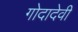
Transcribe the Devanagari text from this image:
गोदादेवी